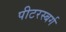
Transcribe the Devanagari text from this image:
पीटरस्बर्ग